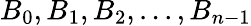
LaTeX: B_{0},B_{1},B_{2},...,B_{n-1}